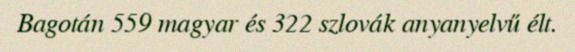
Bagotán 559 magyar és 322 szlovák anyanyelvű élt.